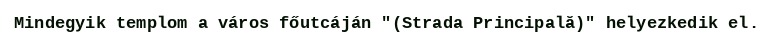
Mindegyik templom a város főutcáján "(Strada Principală)" helyezkedik el.